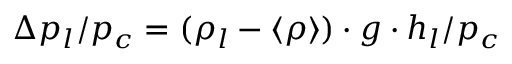
\Delta p _ { l } / p _ { c } = ( \rho _ { l } - \langle \rho \rangle ) \cdot g \cdot h _ { l } / p _ { c }